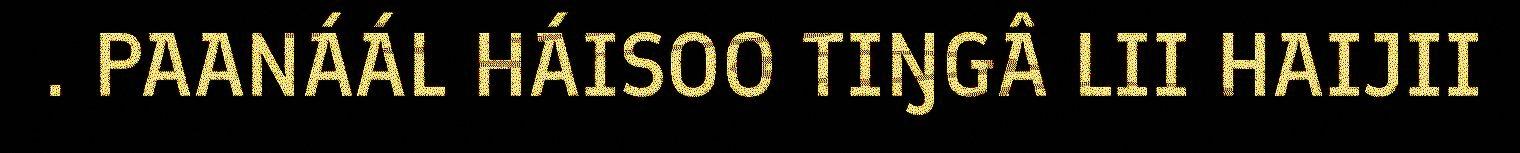
. PAANÁÁL HÁISOO TIŊGÂ LII HAIJII